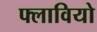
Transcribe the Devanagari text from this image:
फ्लावियो